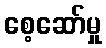
စေ့ဆော်မှု